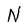
Character: N